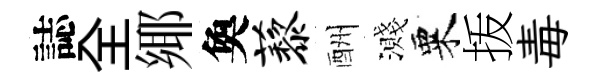
誌全鄊奐藜酬濺粟㧞毒